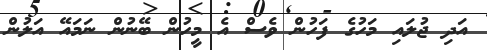
އަދި ޖުލައި މަހުގެ ފަހުން ވެސް އެ މީހުން ބޭނުން ނަމައޭ އަލުން